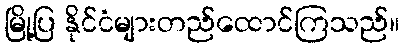
မြို့ပြ နိုင်ငံများတည်ထောင်ကြသည်။